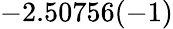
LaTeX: -2.50756(-1)